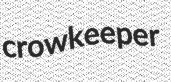
crowkeeper